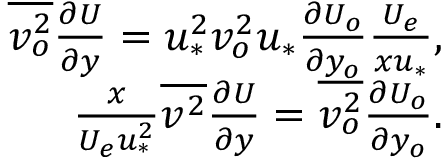
\begin{array} { r } { \overline { { v _ { o } ^ { 2 } } } \frac { \partial U } { \partial y } = u _ { * } ^ { 2 } v _ { o } ^ { 2 } u _ { * } \frac { \partial U _ { o } } { \partial y _ { o } } \frac { U _ { e } } { x u _ { * } } , } \\ { \frac { x } { U _ { e } u _ { * } ^ { 2 } } \overline { { v ^ { 2 } } } \frac { \partial U } { \partial y } = \overline { { v _ { o } ^ { 2 } } } \frac { \partial U _ { o } } { \partial y _ { o } } . } \end{array}